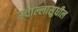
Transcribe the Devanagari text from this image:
उचाल्लासुधील